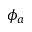
\phi _ { a }